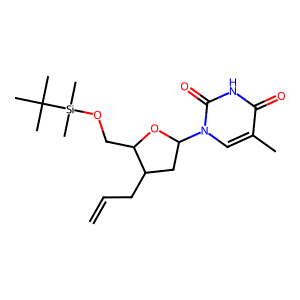
SMILES: C=CCC1CC(n2cc(C)c(=O)[nH]c2=O)OC1CO[Si](C)(C)C(C)(C)C
Inhibits HIV replication: No